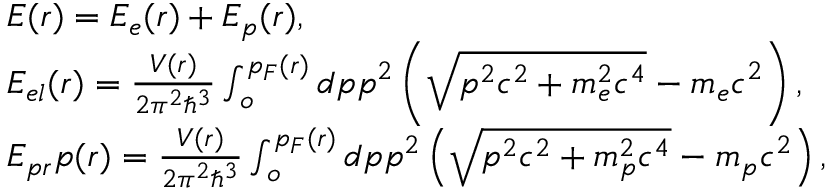
\begin{array} { l } { E ( r ) = E _ { e } ( r ) + E _ { p } ( r ) , } \\ { E _ { e l } ( r ) = \frac { V ( r ) } { 2 \pi ^ { 2 } \hbar ^ { 3 } } \int _ { o } ^ { p _ { F } ( r ) } d p p ^ { 2 } \left( \sqrt { p ^ { 2 } c ^ { 2 } + m _ { e } ^ { 2 } c ^ { 4 } } - m _ { e } c ^ { 2 } \right) , } \\ { E _ { p r } p ( r ) = \frac { V ( r ) } { 2 \pi ^ { 2 } \hbar ^ { 3 } } \int _ { o } ^ { p _ { F } ( r ) } d p p ^ { 2 } \left( \sqrt { p ^ { 2 } c ^ { 2 } + m _ { p } ^ { 2 } c ^ { 4 } } - m _ { p } c ^ { 2 } \right) , } \end{array}